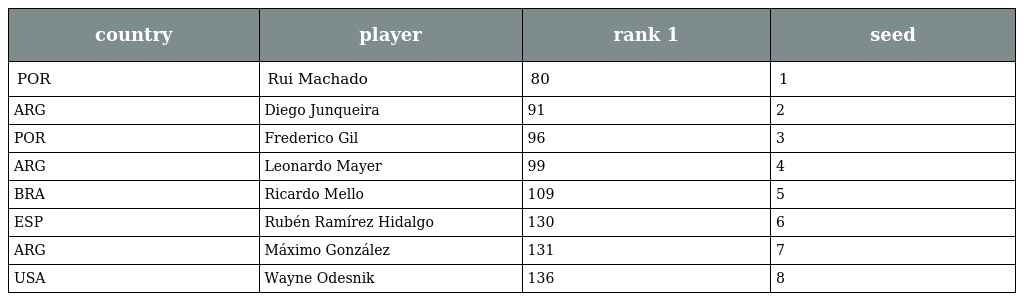
| country | player | rank 1 | seed |
 | --- | --- | --- | --- |
 | POR | Rui Machado | 80 | 1 |
 | ARG | Diego Junqueira | 91 | 2 |
 | POR | Frederico Gil | 96 | 3 |
 | ARG | Leonardo Mayer | 99 | 4 |
 | BRA | Ricardo Mello | 109 | 5 |
 | ESP | Rubén Ramírez Hidalgo | 130 | 6 |
 | ARG | Máximo González | 131 | 7 |
 | USA | Wayne Odesnik | 136 | 8 |